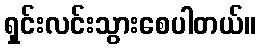
ရှင်းလင်းသွားစေပါတယ်။